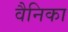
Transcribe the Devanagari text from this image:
वैनिका